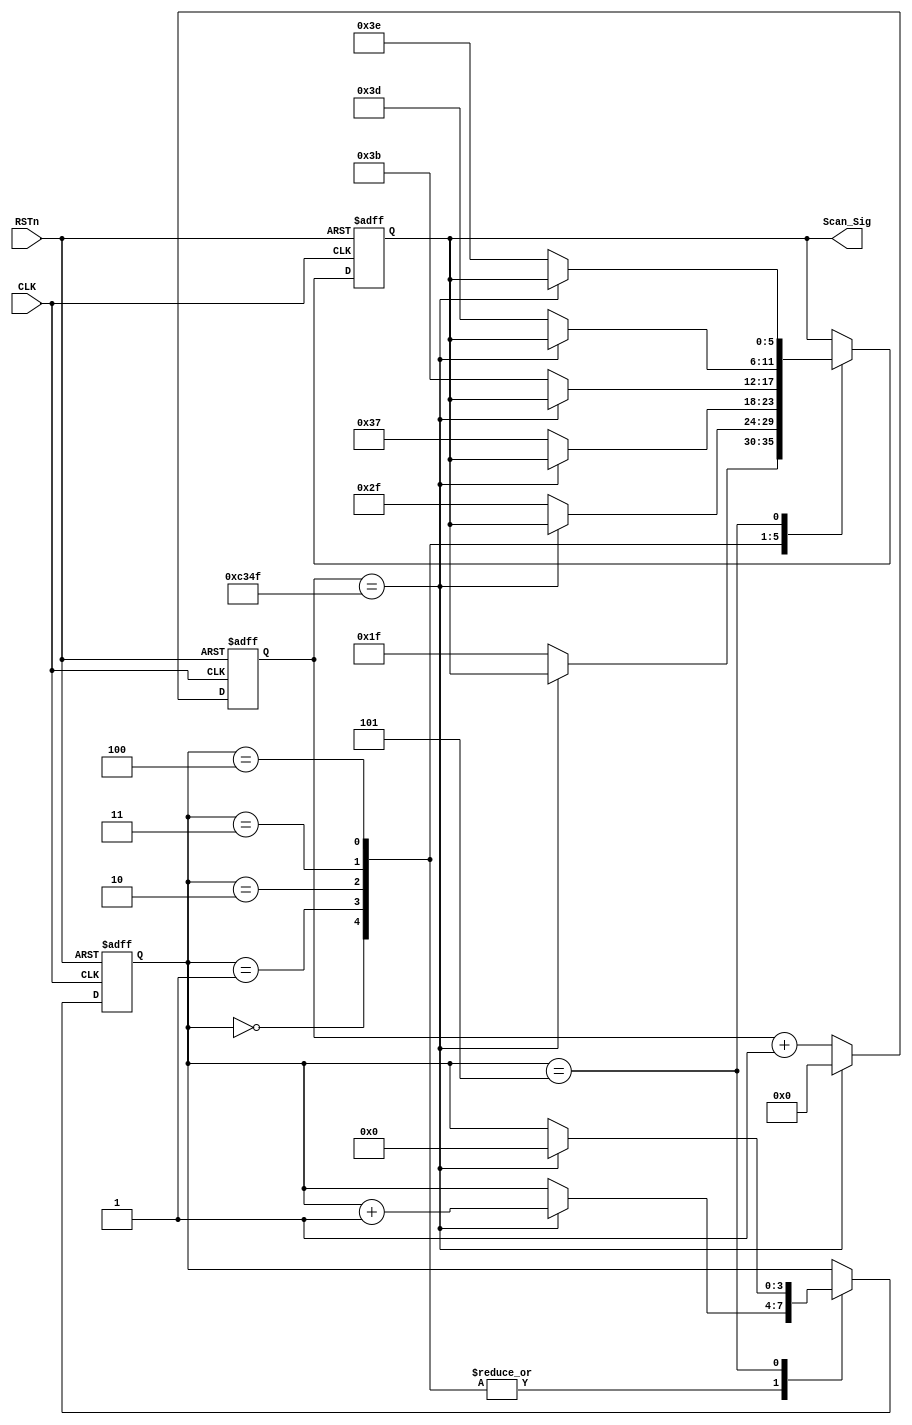
/*****************************/
//               //
/*****************************/
module smg_scan_module
(
    input CLK, 
	 input RSTn, 
	 output [5:0]Scan_Sig
);
	 
	 /*****************************/
	 
	 parameter T1MS = 16'd49999;
	 
	 /*****************************/
	 
	 reg [15:0]C1;
	 
	 always @ ( posedge CLK or negedge RSTn )
	     if( !RSTn )
		      C1 <= 16'd0;
		  else if( C1 == T1MS )
		      C1 <= 16'd0;
		  else
		      C1 <= C1 + 1'b1;
	
	 /*******************************/
	 
	 reg [3:0]i;
	 reg [5:0]rScan;
	 
	 always @ ( posedge CLK or negedge RSTn )
	     if( !RSTn )
		      begin
		          i <= 4'd0;
		          rScan <= 6'b100_000;
			   end
		  else 
		      case( i )
				    
					 0:
		          if( C1 == T1MS ) i <= i + 1'b1;
					 else rScan <= 6'b011_111;                      //
					 
					 1:
					 if( C1 == T1MS ) i <= i + 1'b1;
					 else rScan <= 6'b101_111;                      //
					 
					 2:
					 if( C1 == T1MS ) i <= i + 1'b1;
					 else rScan <= 6'b110_111;                      //
					 
					 3:
					 if( C1 == T1MS ) i <= i + 1'b1;
					 else rScan <= 6'b111_011;                      //
					 
					 4:
					 if( C1 == T1MS ) i <= i + 1'b1;
					 else rScan <= 6'b111_101;                      //
					 
					 5:
					 if( C1 == T1MS ) i <= 4'd0;
					 else rScan <= 6'b111_110;                      //
					 
					 
				endcase
				
	 /******************************/
	 
	 assign Scan_Sig = rScan;
	 
	 /******************************/
		      

endmodule